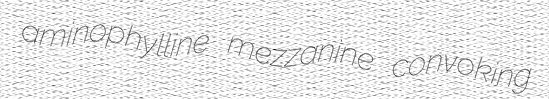
aminophylline mezzanine convoking